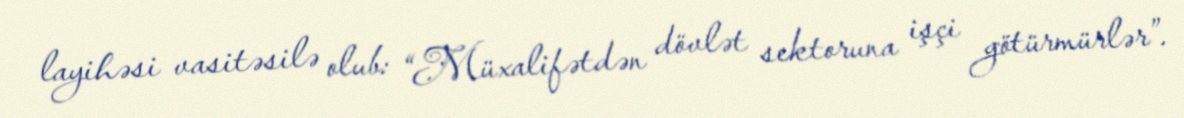
layihəsi vasitəsilə olub: “Müxalifətdən dövlət sektoruna işçi götürmürlər”.